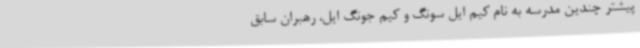
پیشتر چندین مدرسه به نام کیم ایل سونگ و کیم جونگ ایل، رهبران سابق